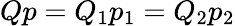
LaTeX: Qp=Q_{1}p_{1}=Q_{2}p_{2}